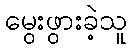
မွေးဖွားခဲ့သူ